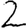
Digit: 2